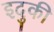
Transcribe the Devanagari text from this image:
इदुकी